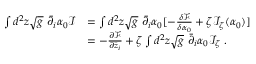
\begin{array} { r l } { \int d ^ { 2 } z \sqrt { g } \ \bar { \partial } _ { i } \alpha _ { 0 } \mathcal I } & { = \int d ^ { 2 } z \sqrt { g } \ \bar { \partial } _ { i } \alpha _ { 0 } [ - \frac { \delta { \mathcal F } } { \delta \alpha _ { 0 } } + \zeta \mathcal I _ { \zeta } ( \alpha _ { 0 } ) ] } \\ & { = - \ensuremath { \frac { \partial \mathcal F } { \partial \bar { z } _ { i } } } + \zeta \int d ^ { 2 } z \sqrt { g } \ \bar { \partial } _ { i } \alpha _ { 0 } \mathcal I _ { \zeta } \; . } \end{array}